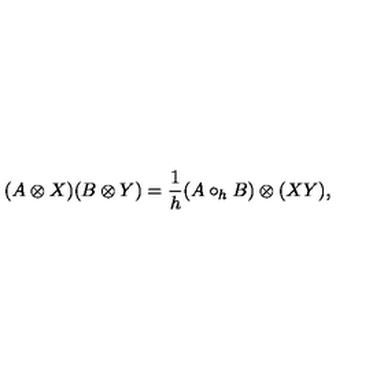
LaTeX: ( A \otimes X ) ( B \otimes Y ) = \frac { 1 } { h } ( A \circ _ { h } B ) \otimes ( X Y ) ,